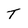
Character: T